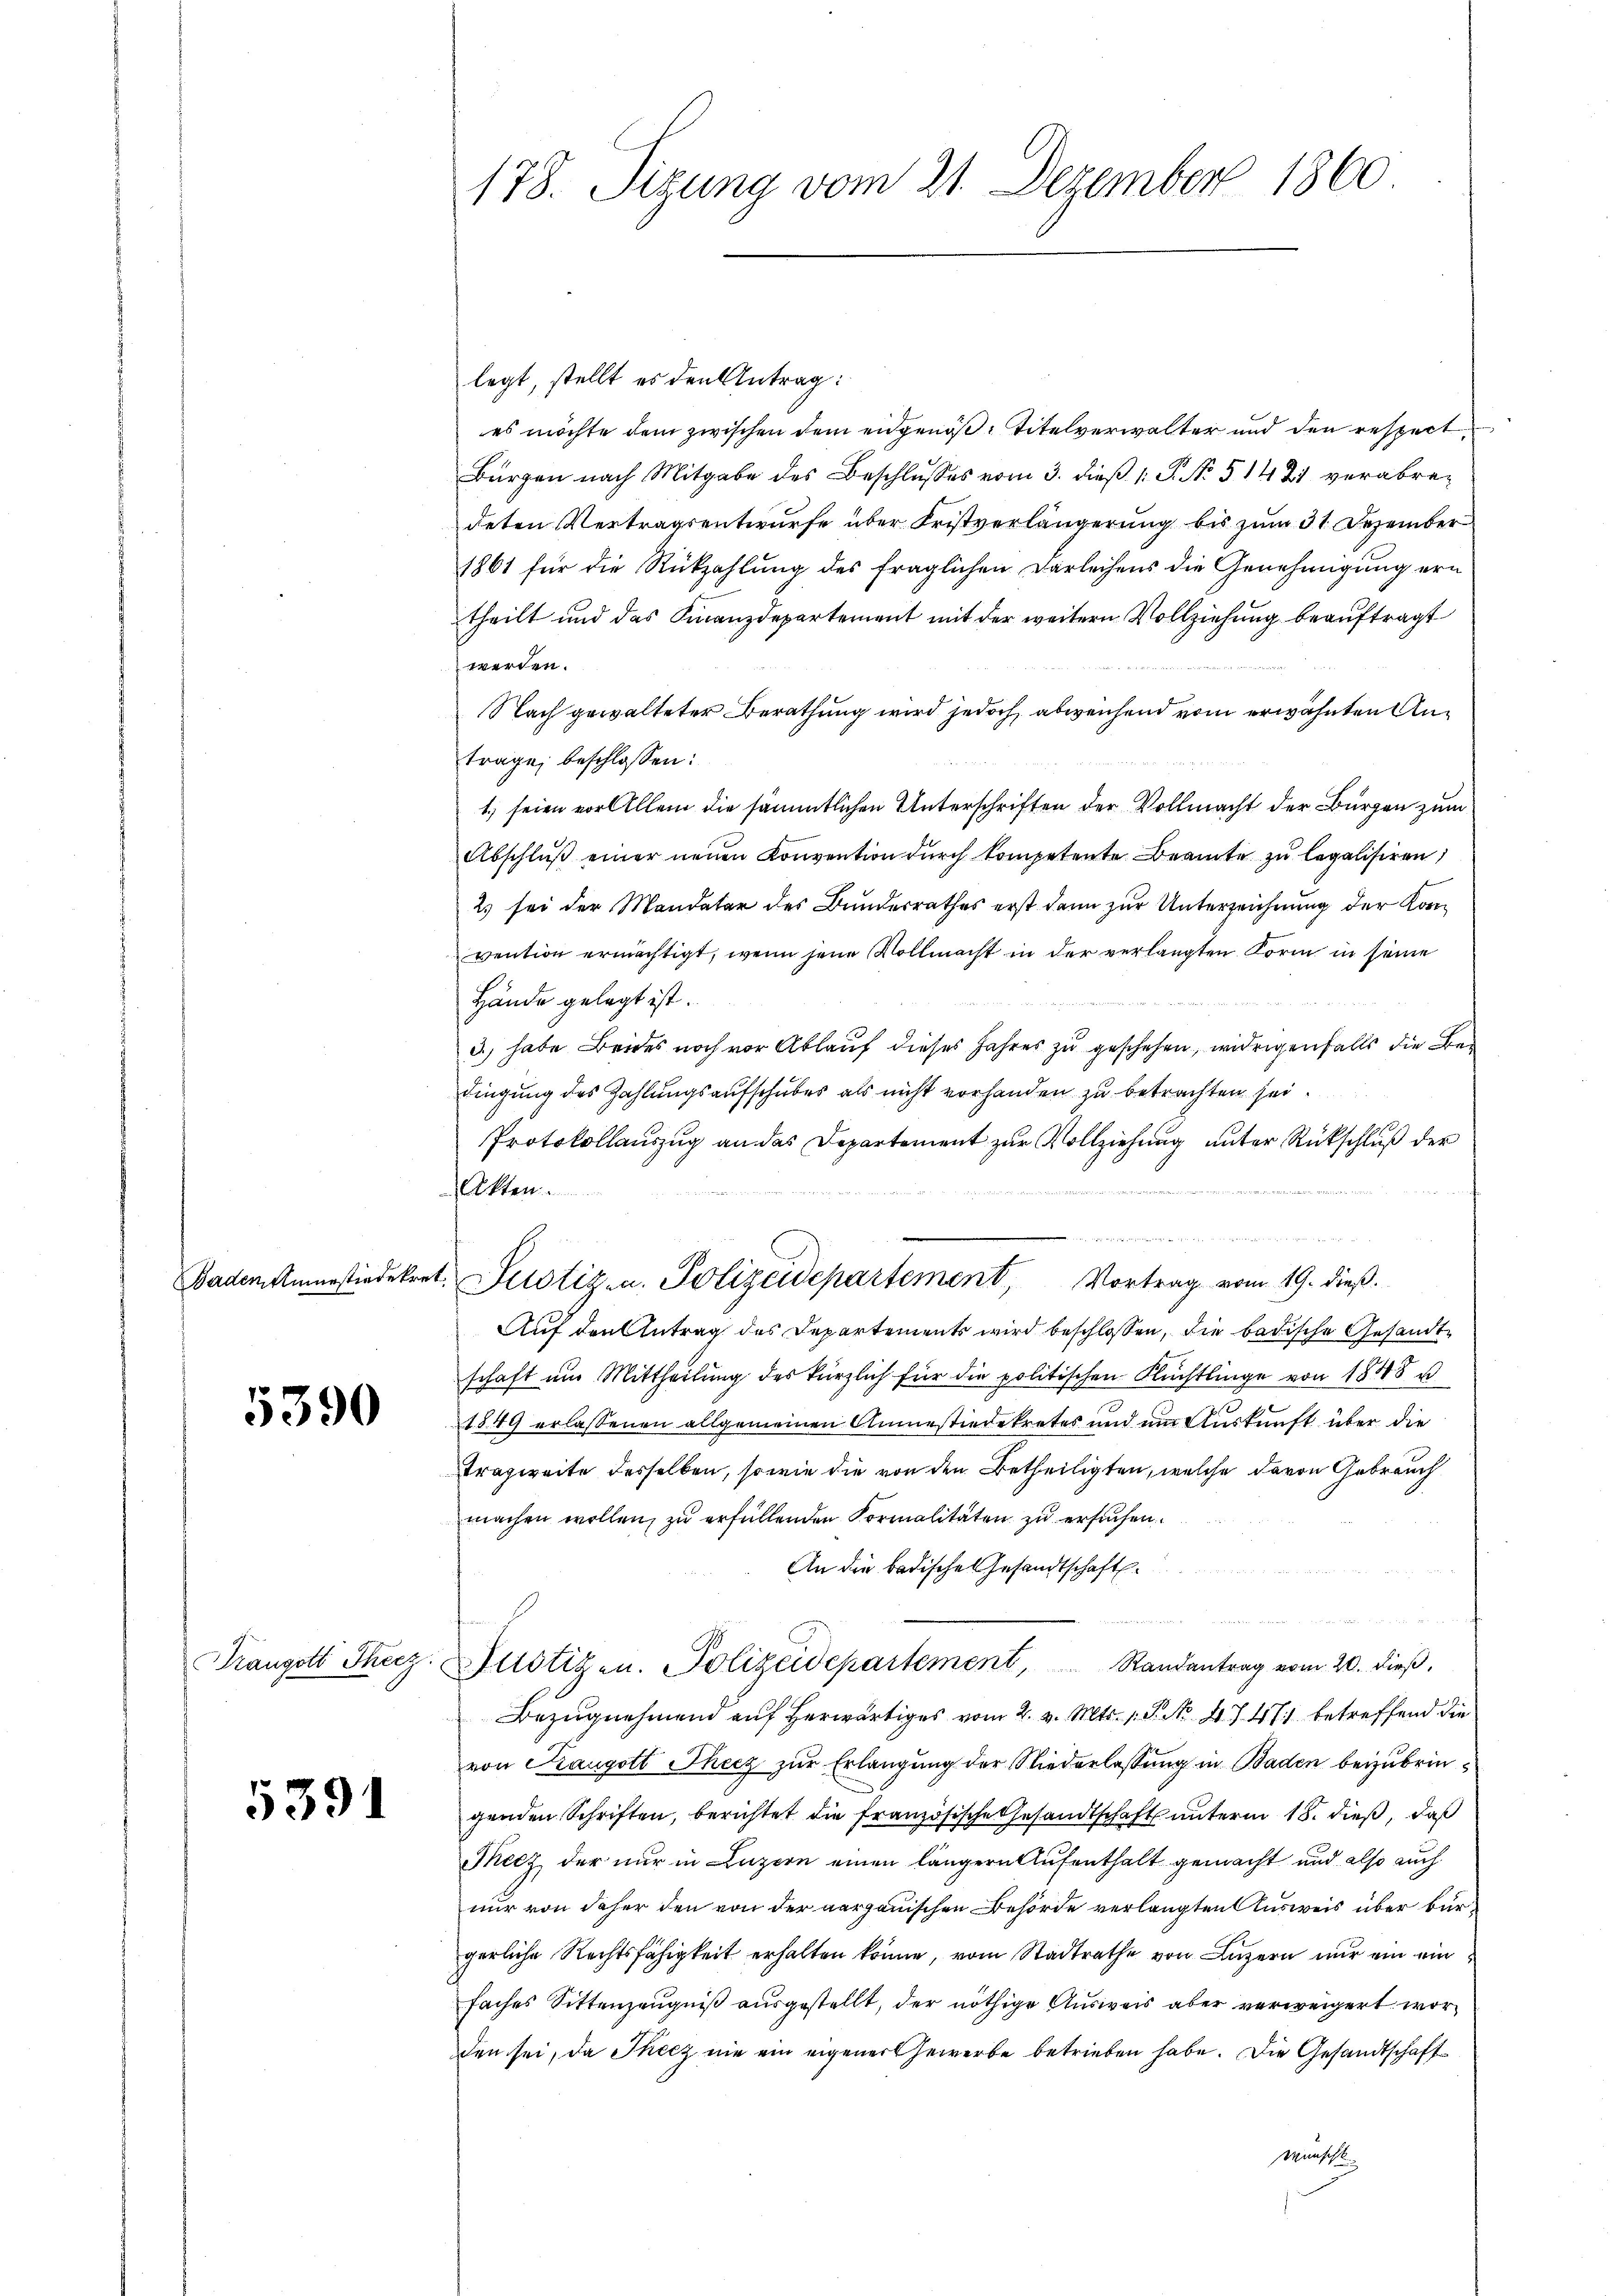
Baden Amnestiedekre

5390

5391

178. Sizung vom 21. Dezember 1860

legt, stellt es den Antrag:
es möchte dem zwischen dem eidgenoß, Titelverwalter und den respect
Bürgen nach Mitgabe des Beschlŭsses vom 3. dieβ 1: P. No. 51421 verabredeten Vertragsentwurfe über Fristverlängerung bis zum 31. Dezember
1861 für die Rückzahlung des fraglichen Darleihens die Genehmigung ern
theilt und das Finanzdepartement mit der weitern Vollziehung beauftragt
werden.
Nach gewalteter Berathung wird jedoch abweichend vom erwähnten Anträge beschlossen:
1.) seien vor Allem die sämmtlichen Unterschriften der Vollmacht der Bürgen zum
Abschlŭβ einer neuen Konvention durch kompetente Beamte zu legalisiren,
2) sei der Mandatar des Bundesrathes erst dann zur Unterzeichnung der Konvention ermächtigt, wenn jene Vollmacht in der verlangten Form in seine
Hände gelegt ist.
3) habe Beides noch vor Ablauf dieses Jahres zu geschehen, widrigenfalls die Bedingung des Zahlungsaufschubes als nicht vorhanden zu betrachten sei.
Protokollauszug an das Departement zur Vollziehung unter Rückschluß der
letten.

1. Justiz- u. Polizeidepartement, Vortrag vom 19. dieß.
Auf den Antrag des Departements wird beschlossen, die badische Gesandtschaft um Mittheilung des kürzlich für die politischen Flüchtlinge von 1888 u
1849 erlassenen allgemeinen Anmesiedekretes und um Auskunft über die
Trazweite desselben, sowie die von den Betheiligten, welche davon Gebrauch
machen wollen, zu erfüllenden Formalitäten zu ersuchen.
An die badische Gesandtschaft
u
Frangott Therz. Justizen. Polizeidepartement, Randantrag vom 20. dieβ.
Bezŭgnehmend auf herwärtiges vom 2. v. Mts. 1. P. No. 4747 betreffend die
von Kaugott Thecz zur Erlangung der Niederlassung in Baden beizubringenden Schriften, berichtet die französische Gesandtschaft unterm 18. dieß, daß
Tecz der nur in Luzern einen längern Aufenthalt gemacht und also auch
nur von daher den von der aargauischen Behörde verlangten Ausweis über bürgerliche Rechtsfähigkeit erhalten könne, vom Stadtrathe von Luzern nur ein ein
faches Sittenzeugniß ausgestellt, der nöthige Ausweis aber verweigert wor
den sei, da Thecz nie ein eigener Gewerbe betrieben habe. Die Gesandtschaftwünscht